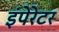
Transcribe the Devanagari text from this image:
इंपेरेटर